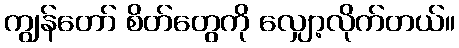
ကျွန်တော် စိတ်တွေကို လျှော့လိုက်တယ်။